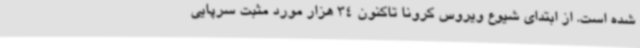
شده است. از ابتدای شیوع ویروس کرونا تاکنون 34 هزار مورد مثبت سرپایی